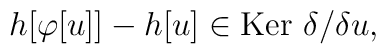
h[\varphi[u]]  - h[u] \in \mbox{Ker }\delta/\delta u,